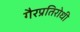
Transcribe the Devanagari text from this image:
गैरप्रतिरोधी